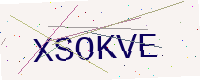
Text: XSOKVE